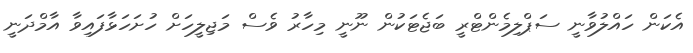
އެކަން ހައްލުވާނީ ސަޕްލިމެންޓްރީ ބަޖެޓަކުން ނޫނީ މިހާރު ވެސް މަޖިލީހަށް ހުށަހަޅާފައިވާ އާމްދަނީ